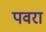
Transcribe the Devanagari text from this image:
पवरा